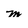
Character: m